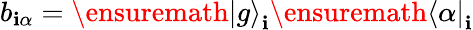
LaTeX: b_{\mathbf{i}\alpha}=\ensuremath{{|g\rangle}}_{\mathbf{i}}\ensuremath{{\langle\alpha|}}_{\mathbf{i}}